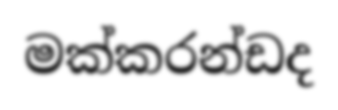
මක්කරන්ඩද